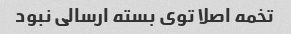
تخمه اصلا توی بسته ارسالی نبود